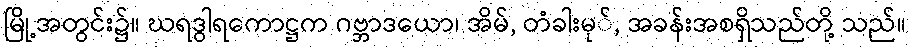
မြို့အတွင်း၌။ ဃရဒွါရကောဋ္ဌက ဂဗ္ဘာဒယော၊ အိမ်, တံခါးမု်, အခန်းအစရှိသည်တို့ သည်။